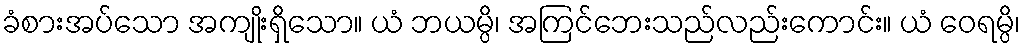
ခံစားအပ်သော အကျိုးရှိသော။ ယံ ဘယမ္ပိ၊ အကြင်ဘေးသည်လည်းကောင်း။ ယံ ဝေရမ္ပိ၊